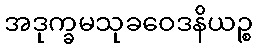
အဒုက္ခမသုခဝေဒနိယဉ္စ